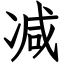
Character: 减